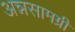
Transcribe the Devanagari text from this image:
अन्नसामग्री